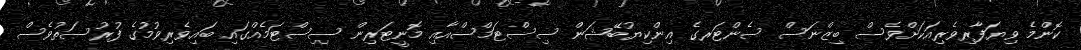
ކޮންމެ ވިޔަފާރިވެރިއަކަށްވެސް ބިޒްނަސް ސެންޓަރގެ އިންކިޔުބޭޝަން ސިސްޓަމްސްއާއި މޮނީޓަރިން ސިސްޓަމެއްގައި ބައިވެރިވުމުގެ ފުރުސަތުވެސް